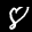
Label: 8